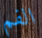
الفم